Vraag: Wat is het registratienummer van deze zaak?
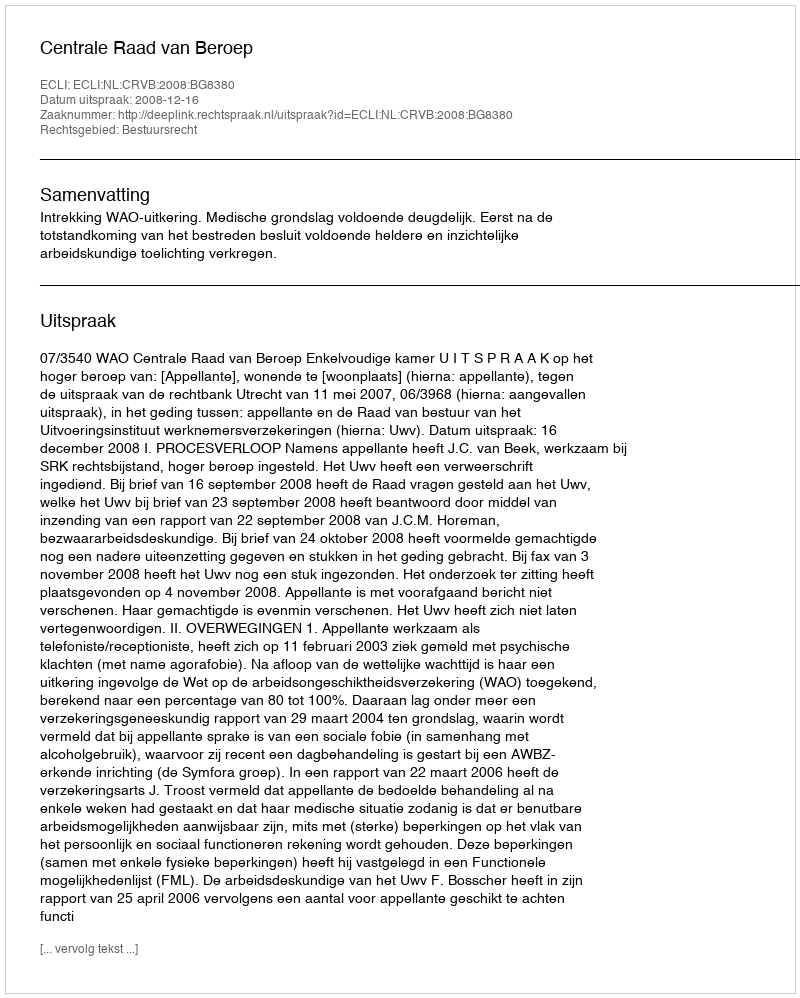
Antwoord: http://deeplink.rechtspraak.nl/uitspraak?id=ECLI:NL:CRVB:2008:BG8380